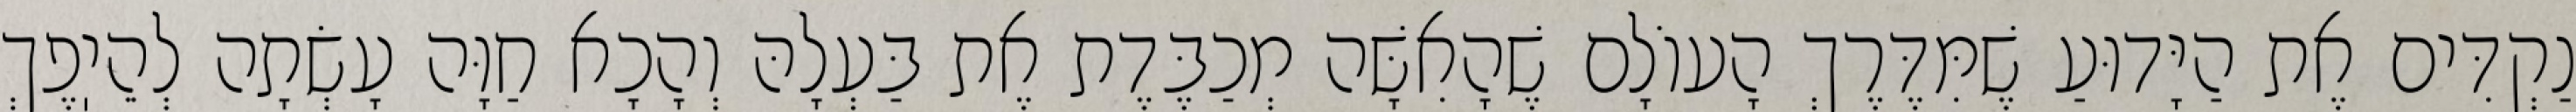
נַקְדִּים אֶת הַיָּדוּעַ שֶׁמִּדֶּרֶךְ הָעוֹלָם שֶׁהָאִשָּׁה מְכַבֶּדֶת אֶת בַּעְלָהּ וְהָכָא חַוָּה עָשְׂתָה לְהֵיֽפֶךְ